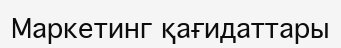
Маркетинг қағидаттары